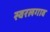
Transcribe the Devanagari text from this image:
स्वरलगाव